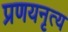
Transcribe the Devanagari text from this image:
प्रणयनृत्य